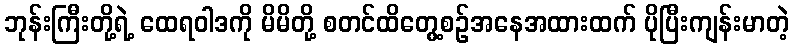
ဘုန်းကြီးတို့ရဲ့ ထေရဝါဒကို မိမိတို့ စတင်ထိတွေ့စဉ်အနေအထားထက် ပိုပြီးကျန်းမာတဲ့